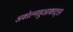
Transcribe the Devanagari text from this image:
अकोल्नाहुआकाट्ल